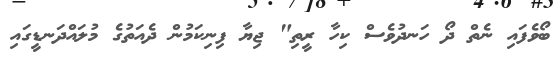
ބޯވެފައި ނެތް ދޯ ހަނދުވެސް ކިހާ ރީތި" ޖިޔާ ފިނިކަމުން ދެއަތުގެ މުލައްދަނޑީގައި